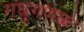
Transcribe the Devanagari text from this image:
गघुगणक